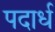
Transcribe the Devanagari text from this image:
पदार्ध